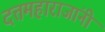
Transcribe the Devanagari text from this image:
दत्तमहाराजांनी